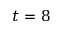
t = 8